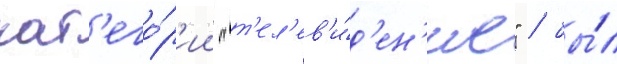
кат'его́р'ии "т'ел'ев'и́д'ен'ие" / бы́л